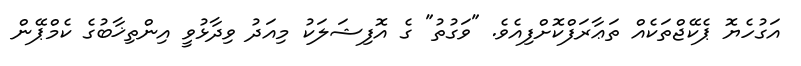
އަގުހެޔޮ ޕެކޭޖްތަކެއް ތަޢާރަފްކޮށްފިއެވެ. "ވަގުތު" ގެ އޮފިޝަލަކު މިއަދު ވިދާޅުވީ އިންތިޚާބުގެ ކެމްޕޭން